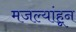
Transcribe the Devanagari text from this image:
मजल्यांहून